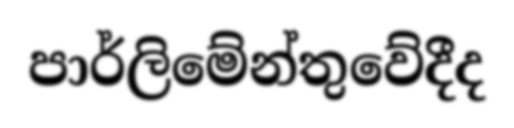
පාර්ලිමේන්තුවේදීද